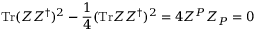
\mathrm { T r } ( Z Z ^ { \dagger } ) ^ { 2 } - { \frac { 1 } { 4 } } ( \mathrm { T r } Z Z ^ { \dagger } ) ^ { 2 } = 4 Z ^ { P } Z _ { P } = 0